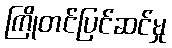
ကြိုတင်ပြင်ဆင်မှု